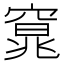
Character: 𮄍